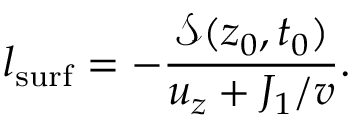
l _ { \mathrm { s u r f } } = - \frac { \mathcal { S } ( z _ { 0 } , t _ { 0 } ) } { u _ { z } + J _ { 1 } / v } .